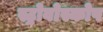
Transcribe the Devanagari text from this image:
स्ट्रोवोस्कोप